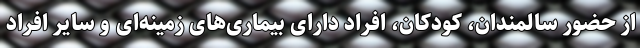
از حضور سالمندان، کودکان، افراد دارای بیماری‌های زمینه‌ای و سایر افراد